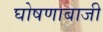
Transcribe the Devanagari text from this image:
घोषणाबाजी